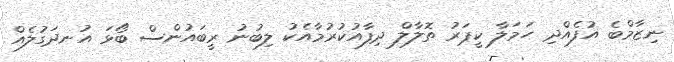
ނިޒާމްބެ އުފެއްދި ހަމަލާ ކީޕަރު ތޮލާލް ދިފާއުކުރުމާއެކު ލިބުނު ރީބައުންސް ބޯޅަ އުނދަގުލެއް